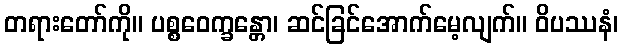
တရားတော်ကို။ ပစ္စဝေက္ခန္တော၊ ဆင်ခြင်အောက်မေ့လျက်။ ဝိပဿနံ၊